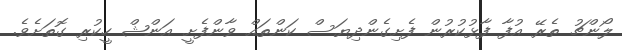
ލޯންޗު ތެރޭ އުފާ ފާޅުކުރުން ފެށިގެންދިޔަސް ކަންތައް ވާންފެށީ އަންޝް ހީކުރި ގޮތަށެވެ.